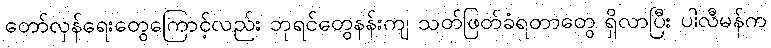
တော်လှန်ရေးတွေကြောင့်လည်း ဘုရင်တွေနန်းကျ သတ်ဖြတ်ခံရတာတွေ ရှိလာပြီး ပါလီမန်က